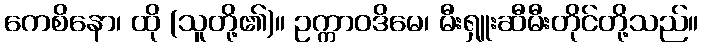
ကေစိနော၊ ထို (သူတို့၏)။ ဥက္ကာဝဒိမေ၊ မီးရှူးဆီမီးတိုင်တို့သည်။